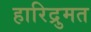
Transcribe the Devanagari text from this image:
हारिद्रुमत